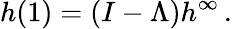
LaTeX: h(1)=(I-\Lambda)h^{\infty}\, .